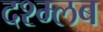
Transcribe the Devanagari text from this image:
दश्म्लब